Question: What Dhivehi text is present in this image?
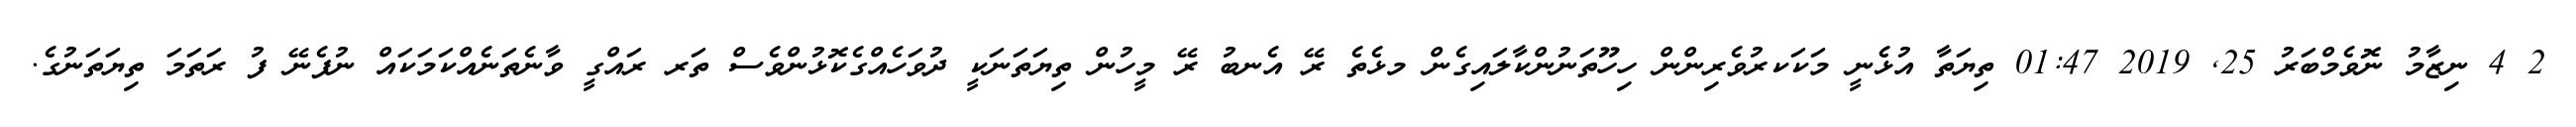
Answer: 2 4 ނިޒާމު ނޮވެމްބަރު 25, 2019 01:47 ތިޔަތާ އުޅެނީ މަކަކރުވެރިންން ހިހޫތަނުންކާލައިގެން މޅެތެ ރޭ އެނބު ރޭ މީހުން ތިޔަތަނަކީ ދުވަހެއްގެކޮޅުންވެސް ތަރ ރައްގީ ވާނެތަނެއްކަމަކައް ނުފެނޭ ފު ރަތަމަ ތިޔަތަނުގެ.